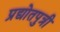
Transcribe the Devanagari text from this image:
प्रद्योतपुत्री